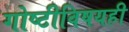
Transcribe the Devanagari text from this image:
गोष्टीविषयही